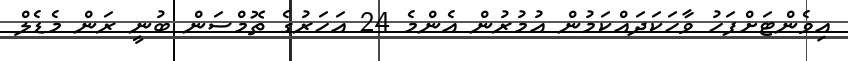
އިވެންޓަށްފަހު ވާހަކަދައްކަމުން އުމުރުން އެންމެ 24 އަހަރުގެ ތޮމްސަން ބުނީ ރަން މެޑެލް